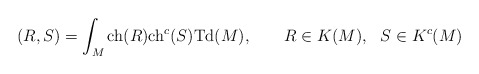
\begin{align*}(R,S) = \int_M {\rm ch}(R) {\rm ch}^c(S) {\rm Td}(M), \qquad R \in K(M),~~S \in K^c(M)\end{align*}